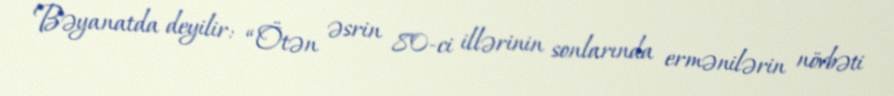
Bəyanatda deyilir: “Ötən əsrin 80-ci illərinin sonlarında ermənilərin növbəti